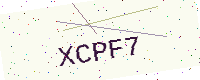
Text: XCPF7